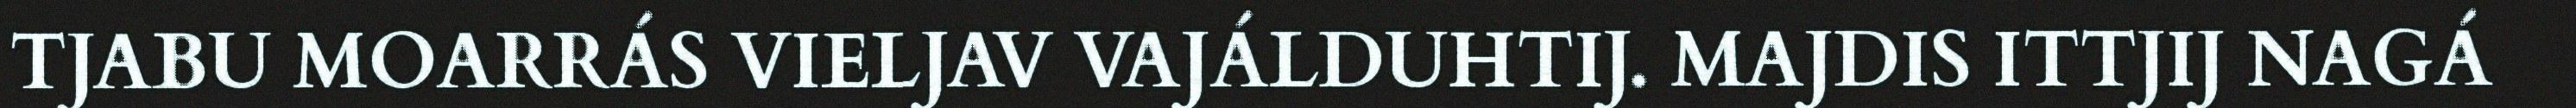
TJABU MOARRÁS VIELJAV VAJÁLDUHTIJ. MAJDIS ITTJIJ NAGÁ